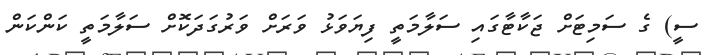
ސީ) ގެ ސަމިޓަށް ޖަކާޓާގައި ސަލާމަތީ ފިޔަވަޅު ވަރަށް ވަރުގަދަކޮށް ސަލާމަތީ ކަންކަން